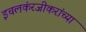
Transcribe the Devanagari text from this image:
इचलकंरजीकरांच्या